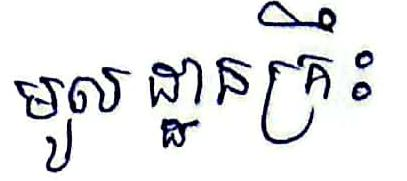
មូលដ្ឋានគ្រឹះ